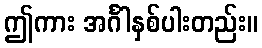
ဤကား အင်္ဂါနှစ်ပါးတည်း။